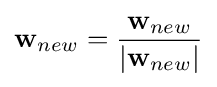
\mathbf {w} _{new}={\frac {\mathbf {w} _{new}}{|\mathbf {w} _{new}|}}